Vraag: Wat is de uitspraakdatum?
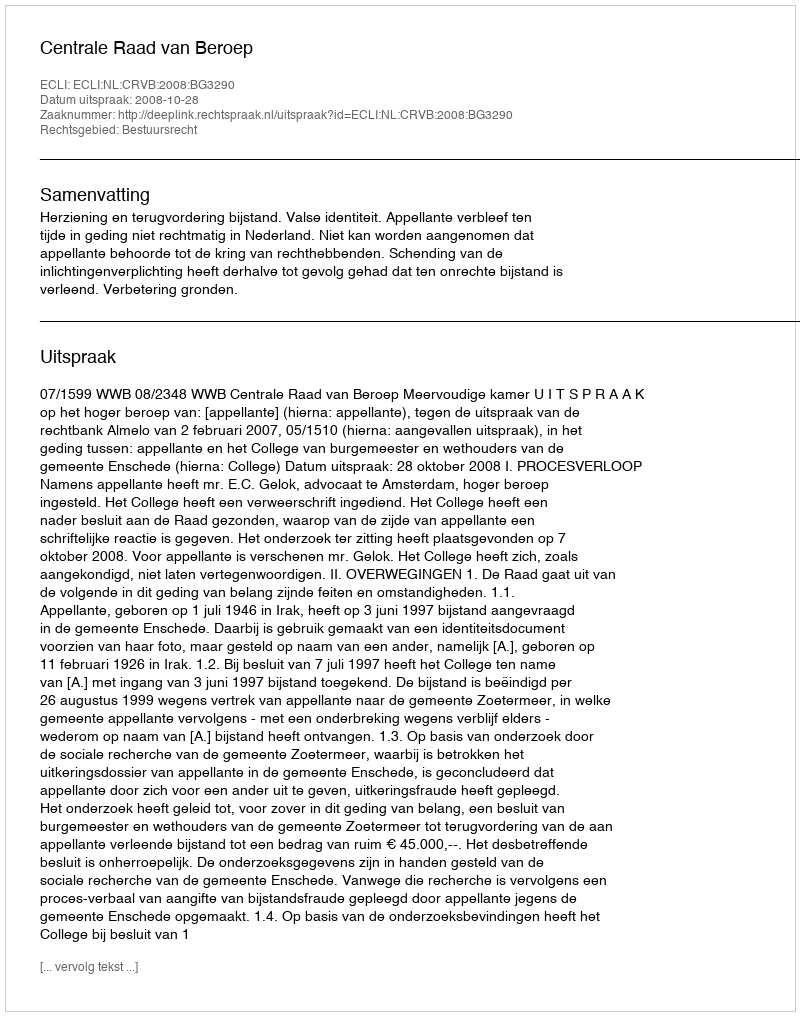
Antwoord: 2008-10-28